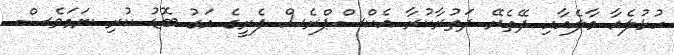
ހުޅުލެއާ މާލެއާއި ދޭތެރޭ ދަތުރާކުރާ އެކްސްޕްރެސް ފެރީގެ އަގު ބޮޑު ކުރި ނަމަވެސް